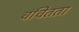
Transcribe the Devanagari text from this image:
वंचितता